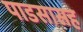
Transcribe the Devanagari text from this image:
पाडसासह